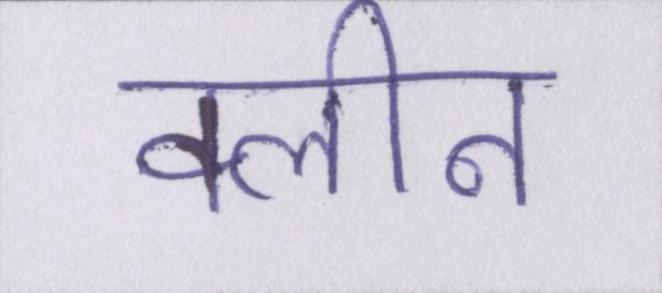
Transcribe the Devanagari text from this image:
क्लीन